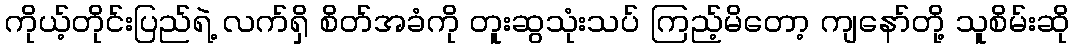
ကိုယ့်တိုင်းပြည်ရဲ့ လက်ရှိ စိတ်အခံကို တူးဆွသုံးသပ် ကြည့်မိတော့ ကျနော်တို့ သူစိမ်းဆို